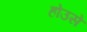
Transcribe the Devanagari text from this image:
होउसे